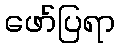
ဖော်ပြရာ